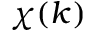
\chi ( k )